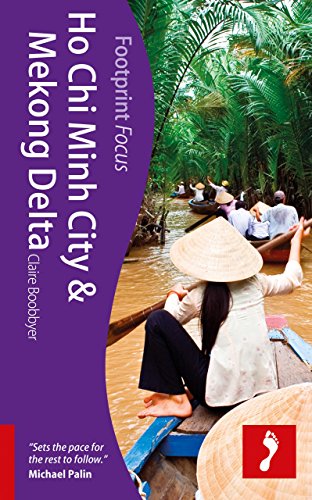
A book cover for Ho Chi Minh City & Mekong Delta (Footprint Focus); Claire Boobbyer; Travel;